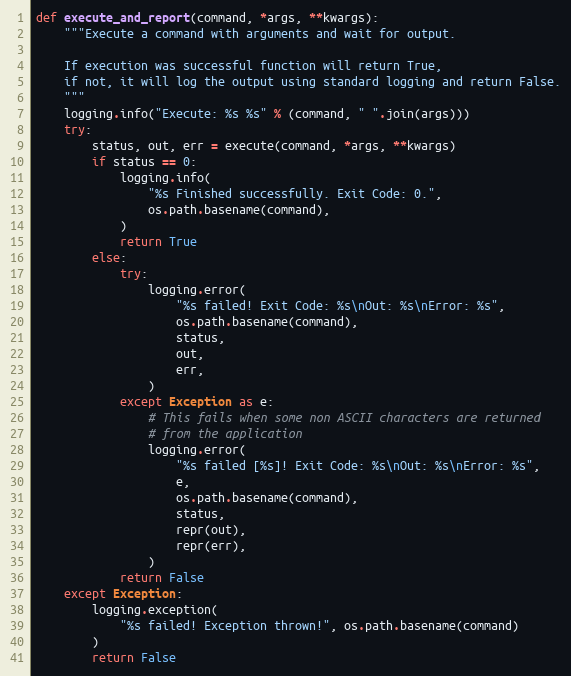
Language: Python
def execute_and_report(command, *args, **kwargs):
    """Execute a command with arguments and wait for output.

    If execution was successful function will return True,
    if not, it will log the output using standard logging and return False.
    """
    logging.info("Execute: %s %s" % (command, " ".join(args)))
    try:
        status, out, err = execute(command, *args, **kwargs)
        if status == 0:
            logging.info(
                "%s Finished successfully. Exit Code: 0.",
                os.path.basename(command),
            )
            return True
        else:
            try:
                logging.error(
                    "%s failed! Exit Code: %s\nOut: %s\nError: %s",
                    os.path.basename(command),
                    status,
                    out,
                    err,
                )
            except Exception as e:
                # This fails when some non ASCII characters are returned
                # from the application
                logging.error(
                    "%s failed [%s]! Exit Code: %s\nOut: %s\nError: %s",
                    e,
                    os.path.basename(command),
                    status,
                    repr(out),
                    repr(err),
                )
            return False
    except Exception:
        logging.exception(
            "%s failed! Exception thrown!", os.path.basename(command)
        )
        return False